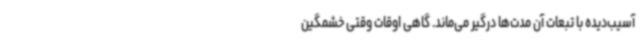
آسیب‌دیده با تبعات آن مدت‌ها درگیر می‌ماند. گاهی اوقات وقتی خشمگین